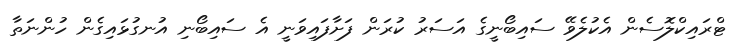
ޓްރައިކްލޮސެން އެކުލެވޭ ސައިބޯނީގެ އަސަރު ކުރަން ފަށާފައިވަނީ އެ ސައިބޯނި އުނގުޅައިގެން ހުންނަތާ